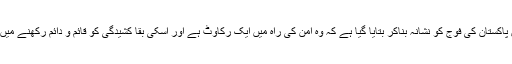
اس سفارش میں پاکستان کی فوج کو نشانہ بناکر بتایا گیا ہے کہ وہ امن کی راہ میں ایک رکاوٹ ہے اور اسکی بقا کشیدگی کو قائم و دائم رکھنے میں ہی مضمر ہے۔